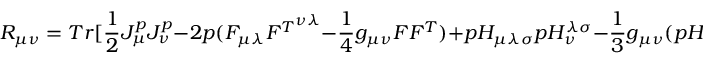
R _ { \mu \nu } = T r [ \frac { 1 } { 2 } J _ { \mu } ^ { p } J _ { \nu } ^ { p } - 2 p ( F _ { \mu \lambda } { F ^ { T } } ^ { \nu \lambda } - \frac { 1 } { 4 } g _ { \mu \nu } F F ^ { T } ) + p H _ { \mu \lambda \sigma } p H _ { \nu } ^ { \lambda \sigma } - \frac { 1 } { 3 } g _ { \mu \nu } ( p H ) ^ { 2 } ]